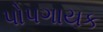
પોપગાયક